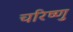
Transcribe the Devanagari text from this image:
चरिष्णु